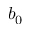
b _ { 0 }